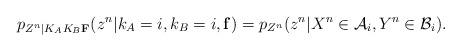
LaTeX: \begin{align*}&p_{Z^n|K_AK_B\mathbf{F}}(z^n|k_A=i,k_B=i,\mathbf{f}) =p_{Z^n}(z^n|X^n\in\mathcal{A}_{i},Y^n\in\mathcal{B}_{i}).\end{align*}